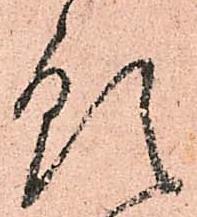
預